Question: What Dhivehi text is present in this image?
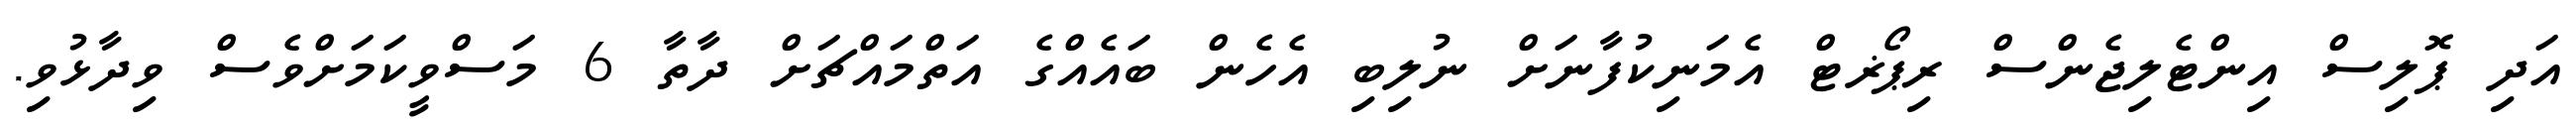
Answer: އަދި ޕޮލިސް އިންޓެލިޖެންސް ރިޕޯޜޓް އެމަނިކުފާނަށް ނުލިބި އެހެން ބައެއްގެ އަތްމައްޗަށް ދާތާ 6 މަސްވީކަމަށްވެސް ވިދާޅުވި.